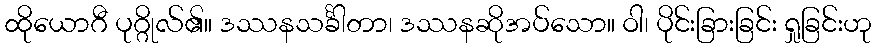
ထိုယောဂီ ပုဂ္ဂိုလ်၏။ ဒဿနသင်္ခါတာ၊ ဒဿနဆိုအပ်သော။ ဝါ၊ ပိုင်းခြားခြင်း ရှုခြင်းဟု